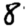
Digit: 8